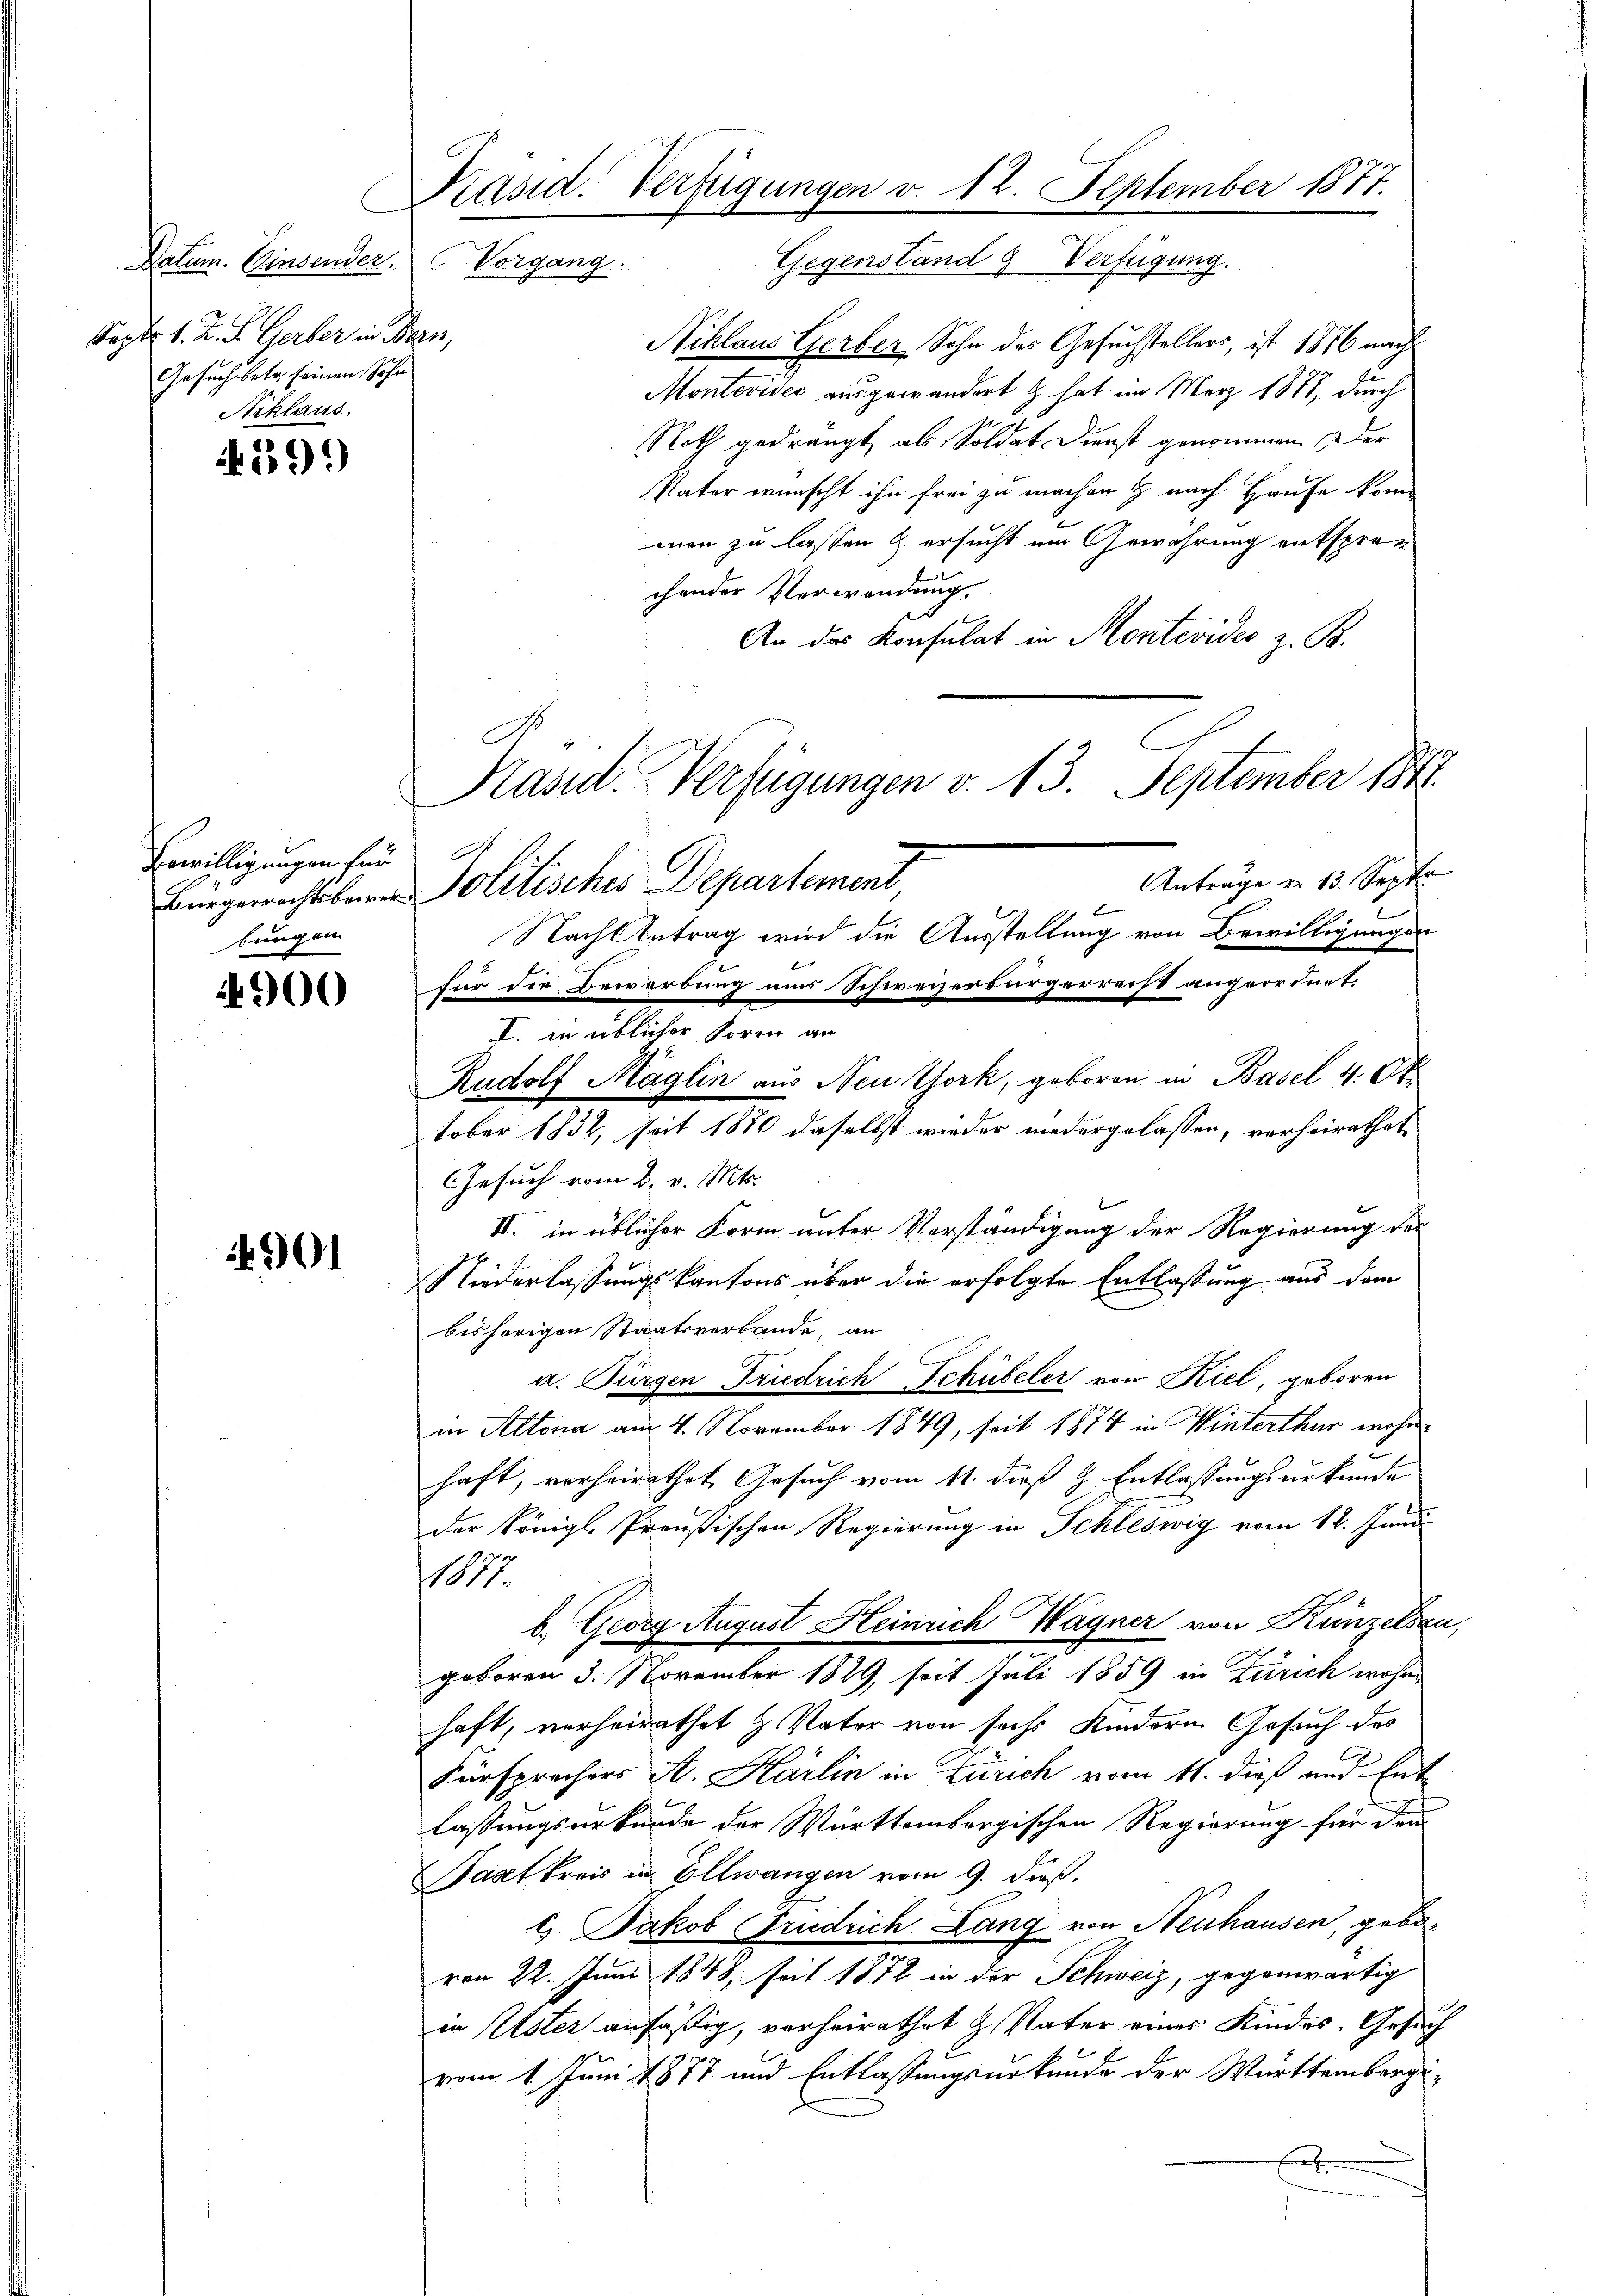
Sept. 1. Z. d. Gerber in Bern
Gesuch betr. seinen Sohn
Niklaus.

399

Bewilligungen für
bungen

4900

01

Präsid. Verfügungen v. 12. September 1877.
Gegenstand 9 Verfügung.
Datum. Einsender. Vorgang.

Niklaus Gerber Sohn des Gesuchstellers, ist 1876 nach
Montevides ausgewandert & hat im März 1871, durch
Noth gedrängt als Soldat Dienst genommen der
Vater wünscht ihn frei zu machen & nach Hause kommen zu lassen & ersucht im Gewährung entspre
chender Verwendung.
An des Konsulat in Montevideo z. B.
Nach Antrag wird die Ausstellung von Bewilligungen
für die Bewerbung aus Schweizerbürgerrecht angeordnet.
Rudolf Maglin aus Neu York, geboren in Basel 4. Ok
tober 1832, seit 1880 daselbst wieder niedergelassen, vorheirathet
Gesuch vom 2. v. Mts.
II. in üblicher Form unter Verständigung der Regierung des
Niederlassungskantons über die erfolgte Entlassung aus dem
bisherigen Staatsverbande, an
u. Bürgen Friedrich Schübeler von Kiel, geboren
in Altona am 4. November 1849, seit 1874 in Winterthur wohn
haft, vorheirathet, Gesuch vom 11. dieß H. Entlassungsurkunde
der Königl. Preußischen Regierung in Schleswig vom 12. Juni
1877.
b. Georg August Heinrich Wagner von Künzelsau,
geboren 3. November 1829, seit Juli 1859 in Zürich wohne
haft, verheirathet & Vater von sechs Kindern Gesuch des
Fürsprachers A. Härlin in Zürich vom 11. dieß und Ent-
lassungsurkunde der Württembergischen Regierung für de
Saatkreis in Ellwangen vom 9. dieß.
c) Jakob (Friedrich Lang von Neuhausen, gebovon 22. Juni 1848, seit 1872 in der Schweiz, gegenwärtig
in Uster anfäßig, verheirathet H. Vater eines Kindes. Gesuch
vom 1. Juni 1877 und Entlassungsurkunde der Württembergex

Kasid. Verfügungen v. 13. September 184
A

Bürgerrechtsbarer Politisches Departement

I. in üblicher Form an

Antrage u. 13. Septe